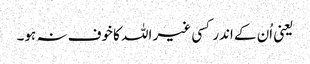
یعنی اُن کے اندر کسی غیر اللہ کا خوف نہ ہو۔